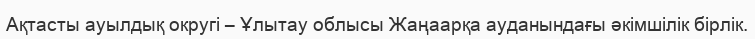
Ақтасты ауылдық округі – Ұлытау облысы Жаңаарқа ауданындағы әкімшілік бірлік.